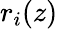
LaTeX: r_{i}(z)